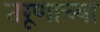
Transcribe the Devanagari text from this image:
तरूणाच्या